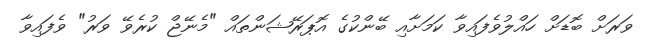
ވަރަށް ބޮޑަށް ހައްލުވެފައިވާ ކަމަށާއި ބޭންކުގެ އޮޕަރޭޝަންތައް "މެނޭޖް ކުރެވޭ ވަރު" ވެފައިވާ